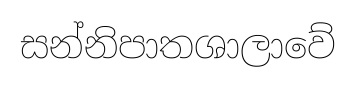
සන්නිපාතශාලාවේ